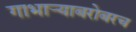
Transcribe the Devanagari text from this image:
गाभाऱ्याबरोबरच